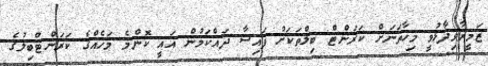
ޒަމީރާވިދާޅުވީ މިހާތަނަށް ކަރަންޓް ބިލްތަކަށް ފައިސާ ދައްކަމުން އައީ ކޮންމެ މަހެއްގެ ކަރަންޓްބިލުގެ